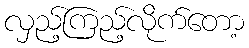
လှည့်ကြည့်လိုက်တော့